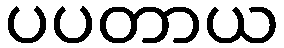
ပပတာယ